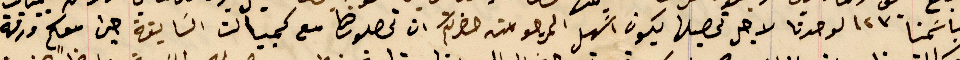
باسَمنا ١٢٣ لوحدنا لاجل تحصيلها يكون اسَهل المرجو من حضرتكم ان تحصلوها مع كمبيالت السابقة حيث معكم ورقة